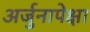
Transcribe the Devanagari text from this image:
अर्जुनापेक्षा